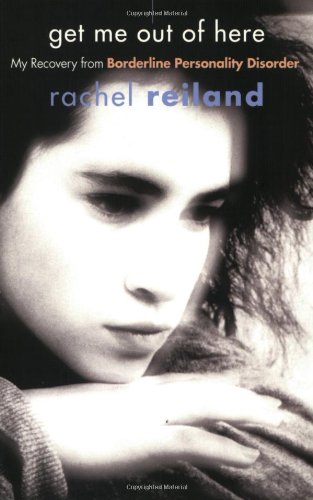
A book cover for Get Me Out of Here: My Recovery from Borderline Personality Disorder; Rachel Reiland; Health, Fitness & Dieting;